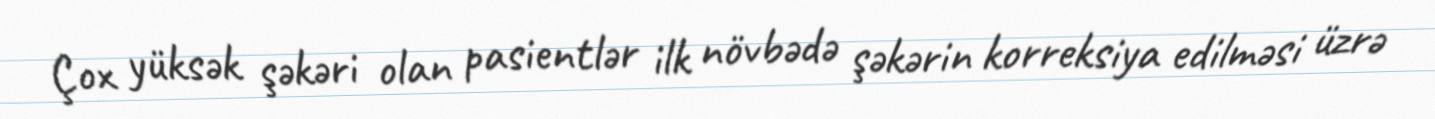
Çox yüksək şəkəri olan pasientlər ilk növbədə şəkərin korreksiya edilməsi üzrə